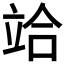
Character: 𥩻